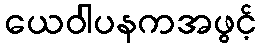
ယေဝါပနကအဖွင့်